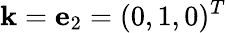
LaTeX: {\mathbf k}={\mathbf e}_{2}=(0,1,0)^{T}